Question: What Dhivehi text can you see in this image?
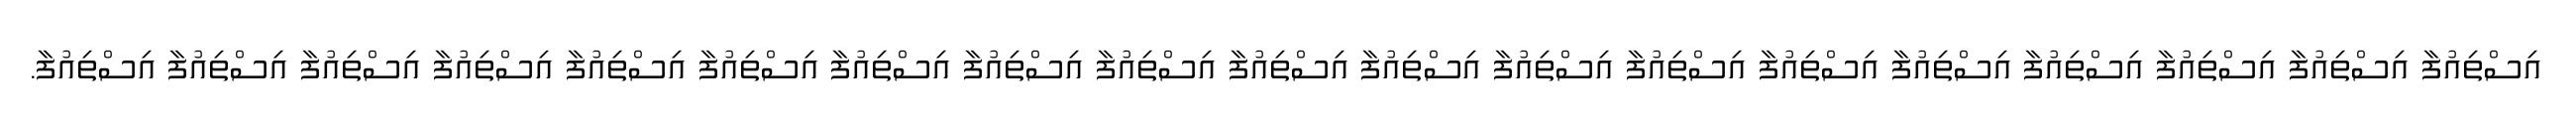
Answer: އިސްތިއުފާ އިސްތިއުފާ އިސްތިއުފާ އިސްތިއުފާ އިސްތިއުފާ އިސްތިއުފާ އިސްތިއުފާ އިސްތިއުފާ އިސްތިއުފާ އިސްތިއުފާ އިސްތިއުފާ އިސްތިއުފާ އިސްތިއުފާ އިސްތިއުފާ އިސްތިއުފާ އިސްތިއުފާ އިސްތިއުފާ އިސްތިއުފާ އިސްތިއުފާ.